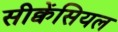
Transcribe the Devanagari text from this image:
सीक्वेंसियल